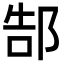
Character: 郜